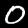
Label: 0